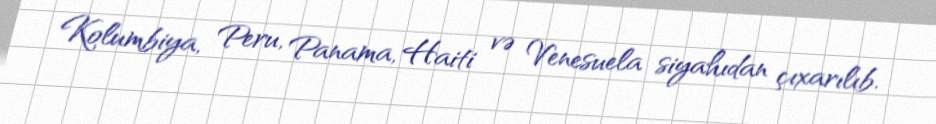
Kolumbiya, Peru, Panama, Haiti və Venesuela siyahıdan çıxarılıb.